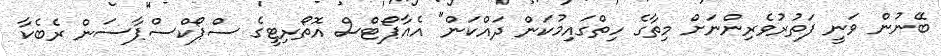
ބޭނުން ވަނީ ފަތުރުވެރިންނަށް މިތާގެ ހިތްގައިމުކަން ދައްކަން" އެއާޕޯޓްސް އޮތޯރިޓީގެ ސްޕޯކްސްޕާސަން ރެބެކާ